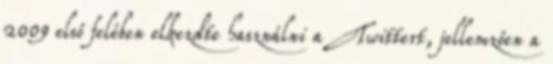
2009 első felében elkezdte használni a Twittert, jellemzően a